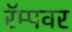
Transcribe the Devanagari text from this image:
रॅम्पवर